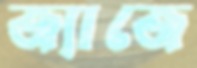
জ্যাজে